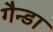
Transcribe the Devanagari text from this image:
गैन्डा